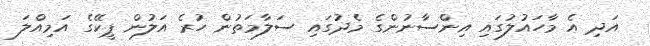
އަދި އެ މާހައުލުގައި އިންސާނުންގެ މެދުގައި ސަލާމަތުން ހުރެ އަލުން ޕީކޭގެ އަމިއްލަ